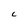
Character: c